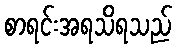
စာရင်းအရသိရသည်